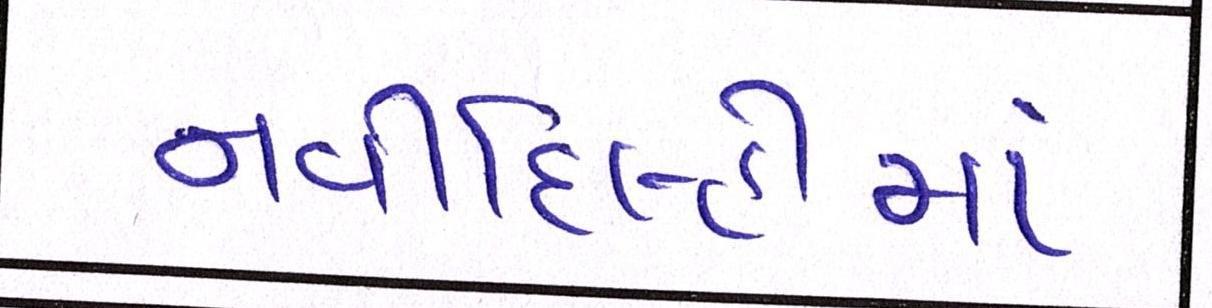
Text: નવીદિલ્હીમાં